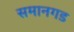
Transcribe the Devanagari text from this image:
समानगड